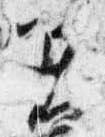
着